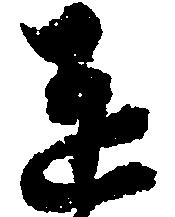
達